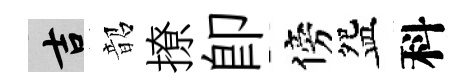
吉韶撩卽傍盌科